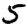
Digit: 5